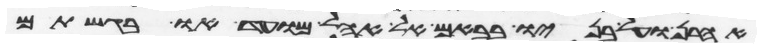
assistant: אהרן ועל בניו בבאם אל אהל מועד או בגשתם